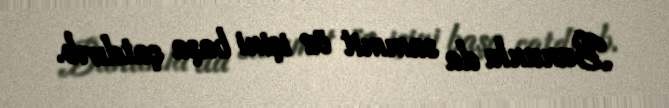
Bununla da sammit öz işini başa çatdırıb.